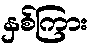
နှစ်ကြား